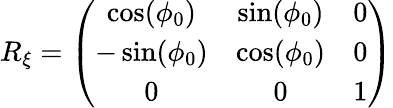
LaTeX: \begin{array}{r}{R_{\xi}=\left(\begin{array}{ccc}{\cos(\phi_{0})}&{\sin(\phi_{0})}&{0}\\ {-\sin(\phi_{0})}&{\cos(\phi_{0})}&{0}\\ {0}&{0}&{1}\end{array}\right)}\end{array}